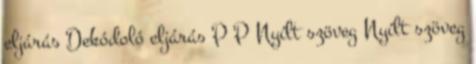
eljárás Dekódoló eljárás P P Nyílt szöveg Nyílt szöveg